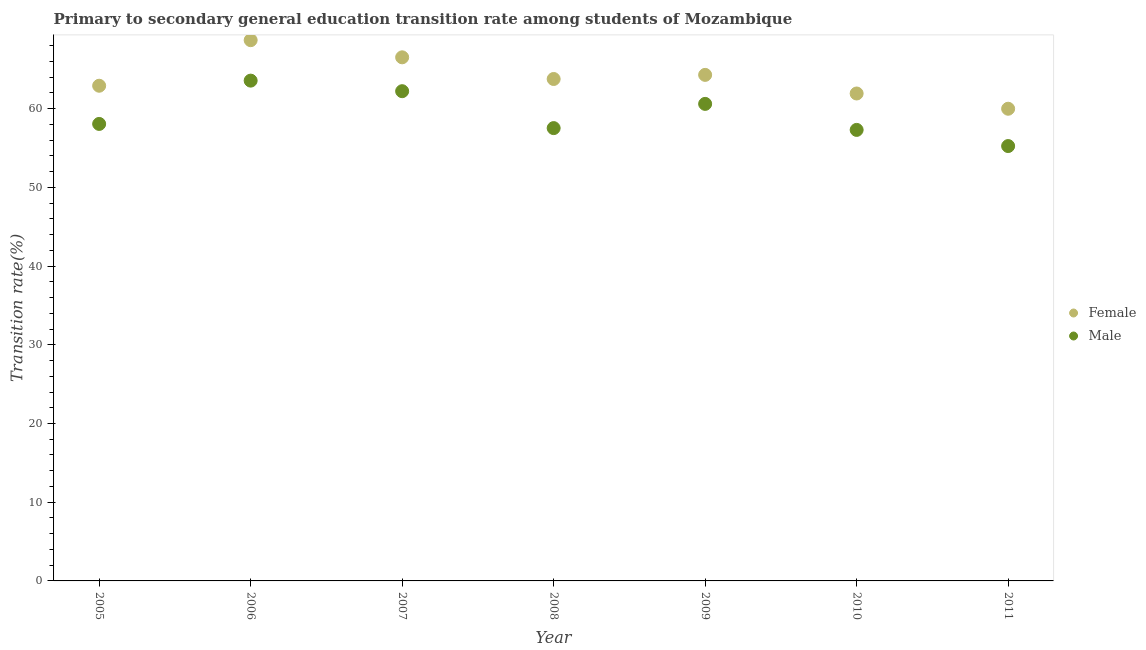
| Year | Female | Male |
 | --- | --- | --- |
 | 2005 | 62.9 | 58.1 |
 | 2006 | 68.7 | 63.6 |
 | 2007 | 66.5 | 62.2 |
 | 2008 | 63.8 | 57.5 |
 | 2009 | 64.3 | 60.6 |
 | 2010 | 61.9 | 57.3 |
 | 2011 | 60 | 55.2 |